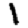
Digit: 1